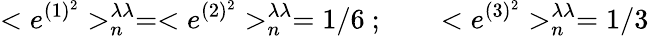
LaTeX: <{e}^{(1)^{2}}>_{n}^{\lambda\lambda}=<{e}^{(2)^{2}}>_{n}^{\lambda\lambda}=1/6\ ;\qquad<{e}^{(3)^{2}}>_{n}^{\lambda\lambda}=1/3